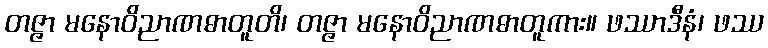
တဇ္ဇာ မနောဝိညာဏဓာတူတိ၊ တဇ္ဇာ မနောဝိညာဏဓာတူကား။ ဖဿာဒီနံ၊ ဖဿ